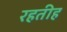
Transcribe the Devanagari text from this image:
रहतीह